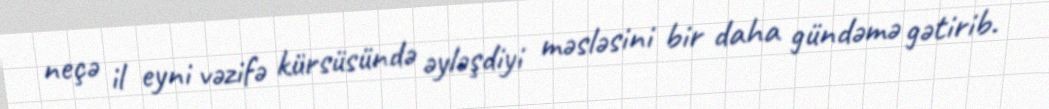
neçə il eyni vəzifə kürsüsündə əyləşdiyi məsləsini bir daha gündəmə gətirib.